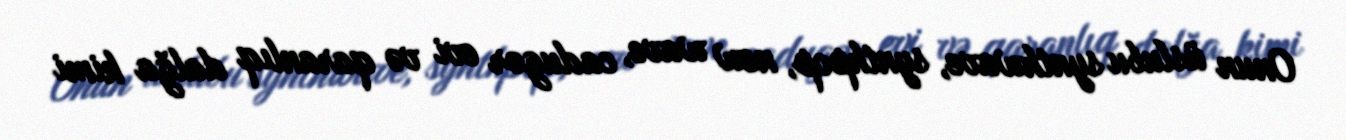
Onun üslubu synthwave, synthpop, new wave, cadugər evi və qaranlıq dalğa kimi